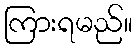
ကြားရမည်။